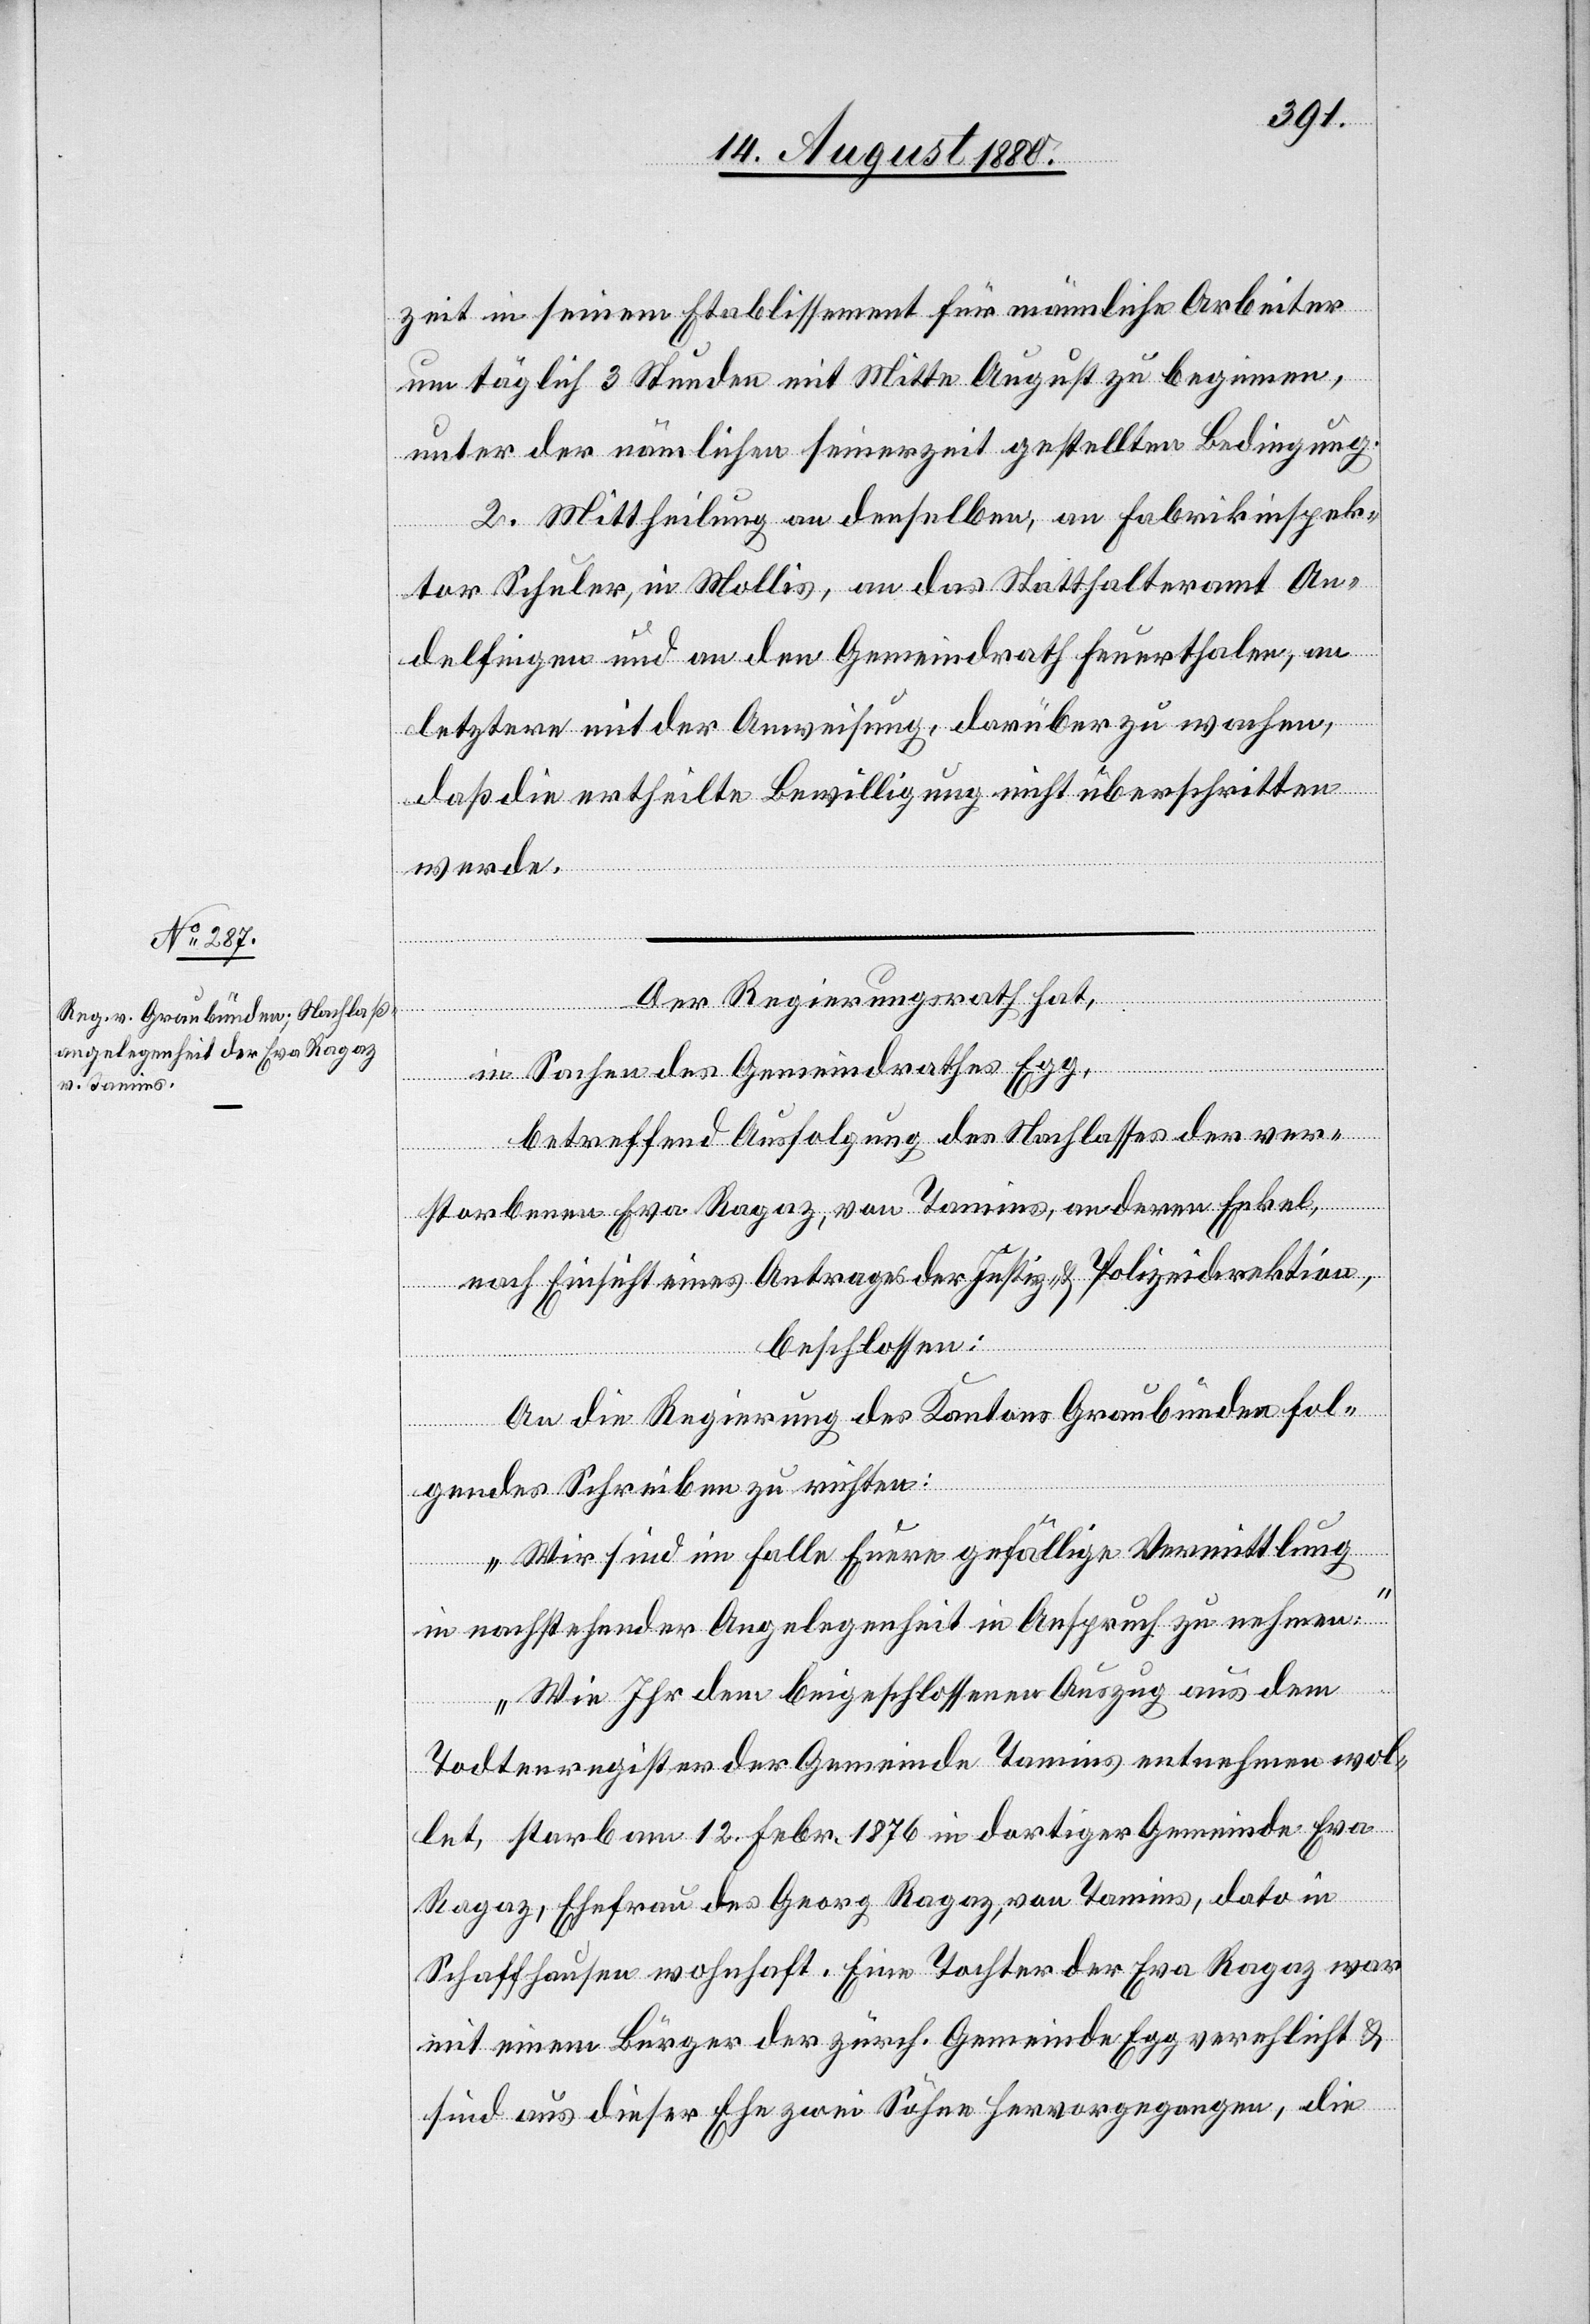
17. August 1880.]
zeit in seinem Etablissement für männliche Arbeiter
um täglich 3 Stunden mit Mitte August zu beginnen,
unter der nämlichen seinerzeit gestellten Bedingung.
2. Mittheilung an denselben, an Fabrikinspek¬
tor Schuler, in Mollis, an das Statthalteramt An¬
delfingen und an den Gemeindrath Feuerthalen, an
letztern mit der Anweisung, darüber zu wachen,
daß die ertheilte Bewilligung nicht überschritten
werde.
Der Regierungsrath hat,
in Sachen des Gemeindrathes Egg,
betreffend Ausfolgung des Nachlasses der ver¬
storbenen Eva Ragaz, von Tamins, an deren Enkel,
beschlossen:
An die Regierung des Kantons Graubünden fol¬
gendes Schreiben zu richten:
„Wir sind im Falle Euere gefällige Vermittlung
in nachstehender Angelegenheit in Anspruch zu nehmen:
Wie Ihr dem beigeschlossenen Auszug aus dem
Todtenregister der Gemeinde Tamins entnehmen wol¬
let, starb am 12. Febr. 1876 in dortiger Gemeinde Eva
Ragaz, Ehefrau des Georg Ragaz, von Tamins, dato in
Schaffhausen wohnhaft. Eine Tochter der Eva Ragaz war
mit einem Bürger der zürch. Gemeinde Egg verehlicht &
sind aus dieser Ehe zwei Söhne hervorgegangen, die